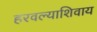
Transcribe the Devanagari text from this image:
हरवल्याशिवाय